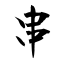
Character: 串